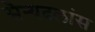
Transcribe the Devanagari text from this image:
सैन्यदलांस